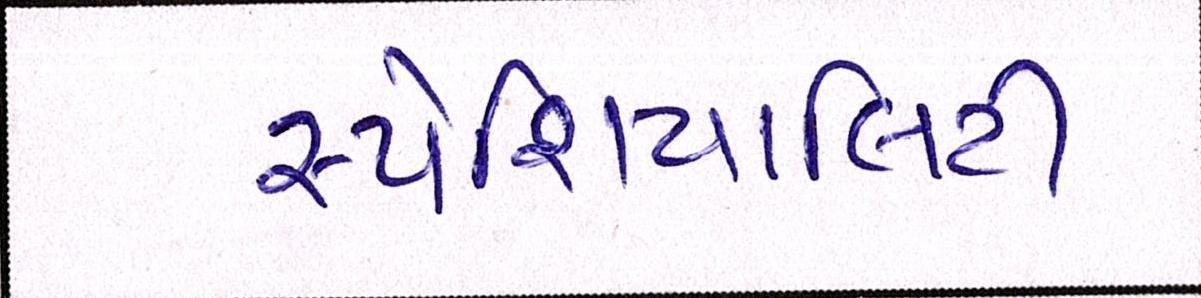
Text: સ્પેશિયાલિટી